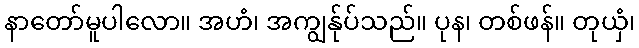
နာတော်မူပါလော။ အဟံ၊ အကျွန်ုပ်သည်။ ပုန၊ တစ်ဖန်။ တုယှံ၊